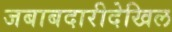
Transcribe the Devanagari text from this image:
जबाबदारीदेखिल